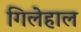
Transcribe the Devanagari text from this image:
गिलेहाल